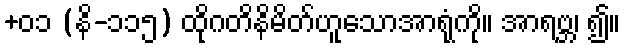
+၀၁ (နိ-၁၁၅) ထိုဂတိနိမိတ်ဟူသောအာရုံကို။ အာရဗ္ဘ၊ ၍။